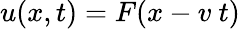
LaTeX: u(x,t)=F(x-v\ t)